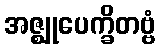
အဇ္ဈုပေက္ခိတဗ္ဗံ